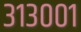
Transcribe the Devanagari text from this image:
३१३००१